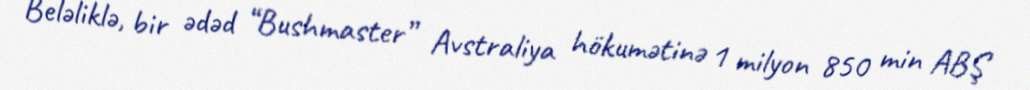
Beləliklə, bir ədəd “Bushmaster” Avstraliya hökumətinə 1 milyon 850 min ABŞ